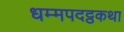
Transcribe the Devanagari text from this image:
धम्मपदट्ठकथा